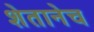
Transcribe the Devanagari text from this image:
शेतानेच